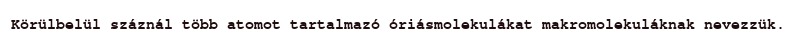
Körülbelül száznál több atomot tartalmazó óriásmolekulákat makromolekuláknak nevezzük.